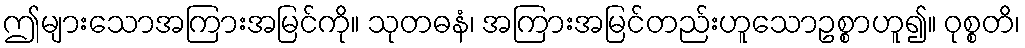
ဤများသောအကြားအမြင်ကို။ သုတဓနံ၊ အကြားအမြင်တည်းဟူသောဥစ္စာဟူ၍။ ဝုစ္စတိ၊